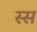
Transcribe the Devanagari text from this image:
स्स